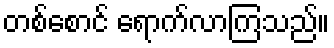
တစ်စောင် ရောက်လာကြသည်။